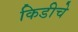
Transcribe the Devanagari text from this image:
किडीचे